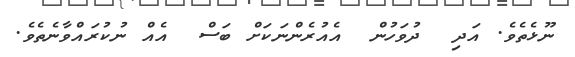
ނޫޅެތެވެ. އަދި  ދުވަހުން  އެއުރެންނަކަށް ބަސް  އެއް ނުކުރައްވާނެތެވެ.